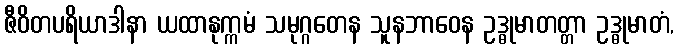
ဇီဝိတပရိယာဒါနာ ယထာနုက္ကမံ သမုဂ္ဂတေန သူနဘာဝေန ဥဒ္ဓုမာတတ္တာ ဥဒ္ဓုမာတံ,